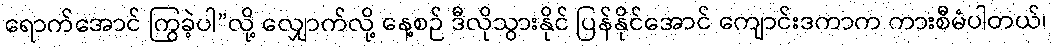
ရောက်အောင် ကြွခဲ့ပါ”လို့ လျှောက်လို့ နေ့စဉ် ဒီလိုသွားနိုင် ပြန်နိုင်အောင် ကျောင်းဒကာက ကားစီမံပါတယ်၊